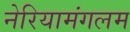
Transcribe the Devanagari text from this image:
नेरियामंगलम